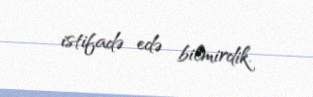
istifadə edə bilmirdik.